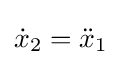
{\dot {x}}_{2}={\ddot {x}}_{1}